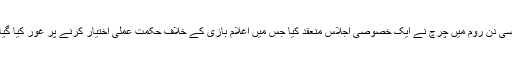
اسی دن روم میں چرچ نے ایک خصوصی اجلاس منعقد کیا جس میں اغلام بازی کے خلاف حکمت عملی اختیار کرنے پر غور کیا گیا۔